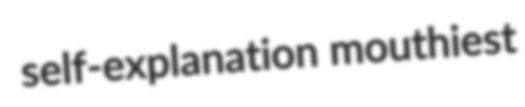
self-explanation mouthiest